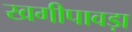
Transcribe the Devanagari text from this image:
खगीपावड़ा